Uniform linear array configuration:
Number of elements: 48
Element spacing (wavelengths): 1
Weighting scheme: cosine
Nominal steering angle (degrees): -45
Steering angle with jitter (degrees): -46.673
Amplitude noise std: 0.05
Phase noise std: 0.05

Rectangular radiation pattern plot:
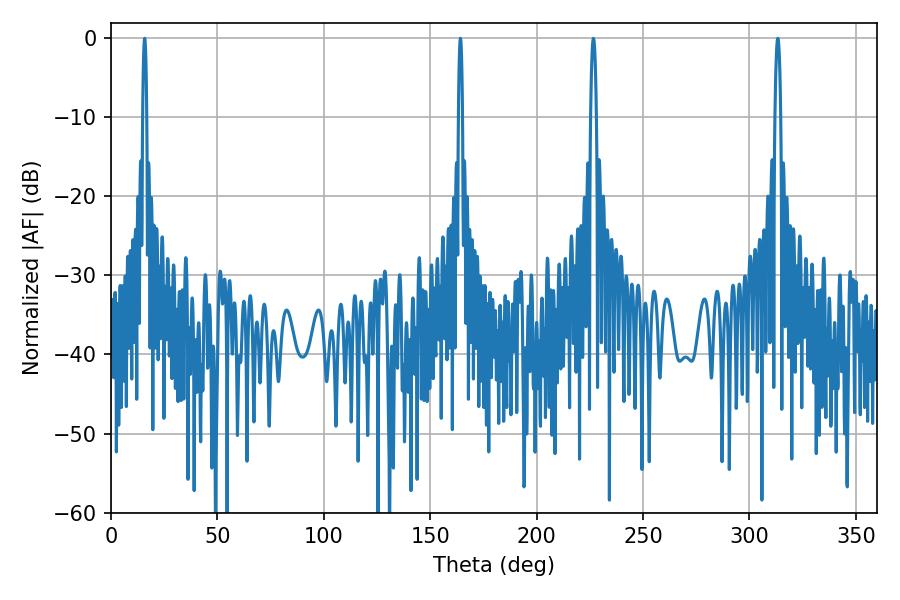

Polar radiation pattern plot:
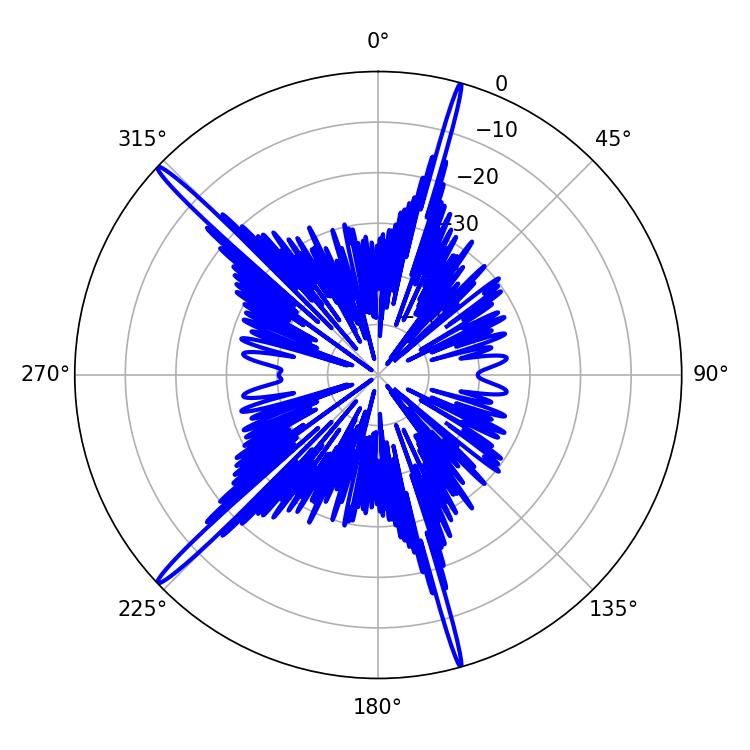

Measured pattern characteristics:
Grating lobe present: TRUE
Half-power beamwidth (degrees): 1.08
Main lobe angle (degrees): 164.16